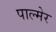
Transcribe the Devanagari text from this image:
पाल्मेर